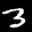
Label: 3